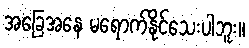
အခြေအနေ မရောက်နိုင်သေးပါဘူး။